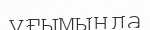
ұғымында